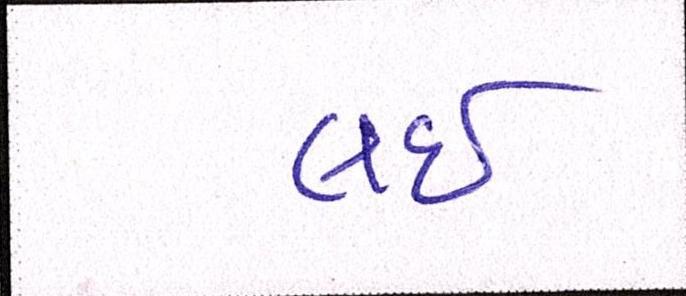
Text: લઇ